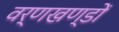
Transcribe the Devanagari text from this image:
वर्णखण्डों